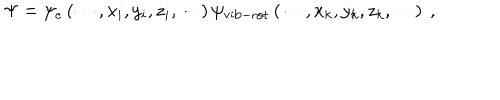
LaTeX: \Psi = \psi _ { e } \left( \cdots , x _ { i } , y _ { i } , z _ { i } , \cdots \right) \psi _ { \mathrm { v i b - r o t } } \left( \cdots , x _ { k } , y _ { k } , z _ { k } , \cdots \right) ~ ,